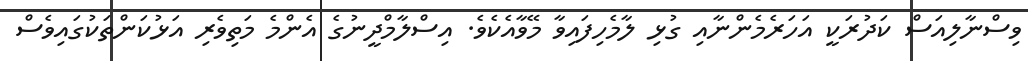
ވިސްނާލިއަސް ކަދުރަކީ އަހަރެމެންނާއި ގުޅި ލާމެހިފައިވާ މޭވާއެކެވެ. އިސްލާމްދީނުގެ އެންމެ މަތިވެރި އަޅުކަންތަކުގައިވެސް